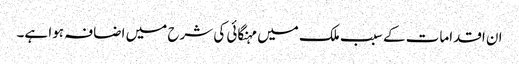
ان اقدامات کے سبب ملک میں مہنگائی کی شرح میں اضافہ ہوا ہے۔